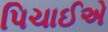
પિચાઈએ